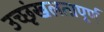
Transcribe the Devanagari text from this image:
उच्छृंखलतापूर्ण